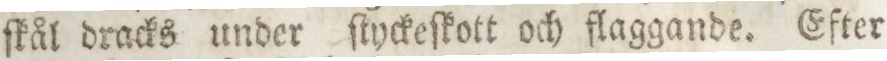
ſkål dracks under ſtyckeſkott och flaggande. Efter